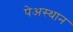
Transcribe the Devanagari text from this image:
पेअस्थान